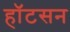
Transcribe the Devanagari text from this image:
हॉटसन